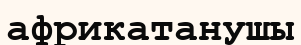
африкатанушы